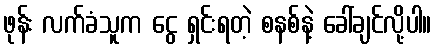
ဖုန်း လက်ခံသူက ငွေ ရှင်းရတဲ့ စနစ်နဲ့ ခေါ်ချင်လို့ပါ။